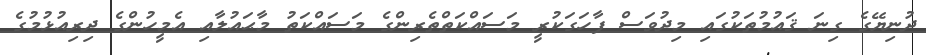
ދުނިޔޭގެ ގިނަ ޤައުމުތަކުގައި މިދުވަސް ފާހަގަކުރީ މަސައްކަތްތެރިންގެ މަސައްކަތު މާޙައުލާއި އެމީހުންގެ ދިރިއުޅުމުގެ